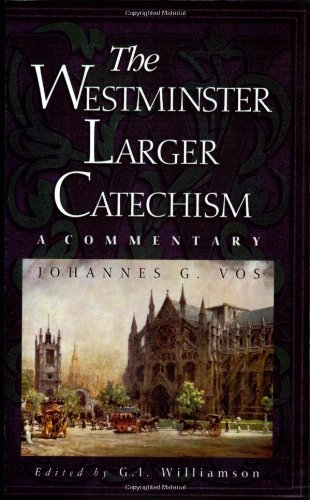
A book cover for The Westminster Larger Catechism: A Commentary; Johannes Geerhardus Vos; Christian Books & Bibles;